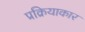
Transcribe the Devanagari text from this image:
प्रक्रियाकार